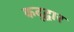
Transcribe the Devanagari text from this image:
कद्द्वार